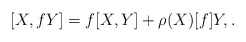
\begin{gather*} [ X, f Y ] = f [X, Y] + \rho (X) [f] Y, . \end{gather*}